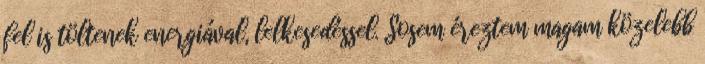
fel is töltenek energiával, lelkesedéssel. Sosem éreztem magam közelebb